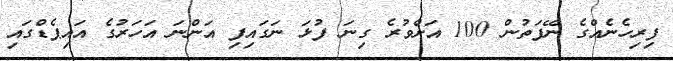
ފިރިހެނެއްގެ ނޭފަތުން 100 އަށްވުރެ ގިނަ ފުޅަ ނަގައިފި އަންނަ އަހަރުގެ އައިޕެޑްގައި